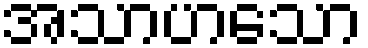
အသာဟသော